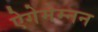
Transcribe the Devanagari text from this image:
ऐगेमेम्नन